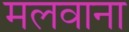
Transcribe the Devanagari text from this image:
मलवाना